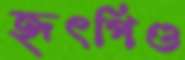
হৃৎপিণ্ড